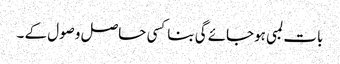
بات لمبی ہوجائے گی بناکسی حاصل وصول کے ۔